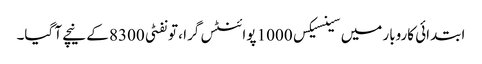
ابتدائی کاروبار میں سینسیکس 1000 پوائنٹس گرا ، تو نفٹی 8300 کے نیچے آ گیا۔